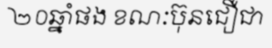
២០ឆ្នាំផង ខណៈប៊ុនជឿជា